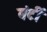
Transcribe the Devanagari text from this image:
बंटीं